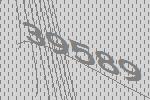
39589